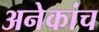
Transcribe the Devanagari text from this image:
अनेकांच